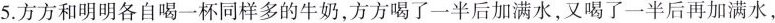
5.方方和明明各自喝一杯同样多的牛奶，方方喝了一半后加满水，又喝了一半后再加满水，